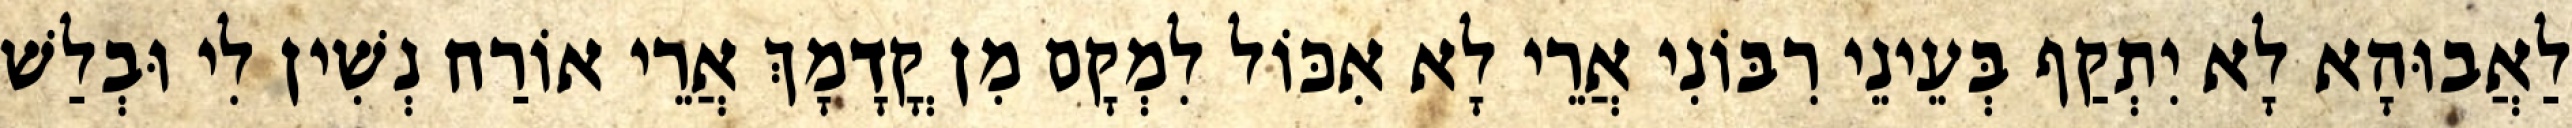
לַאֲבוּהָא לָא יִתְקַף בְּעֵינֵי רִבּוֹנִי אֲרֵי לָא אִכּוֹל לִמְקָם מִן קֳדָמָךְ אֲרֵי אוֹרַח נְשִׁין לִי וּבְלַשׁ